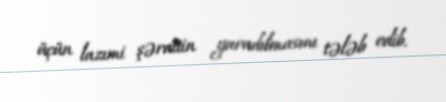
üçün lazımi şəraitin yaradılmasını tələb edib.